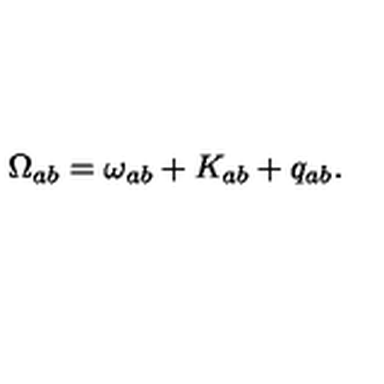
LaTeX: \Omega _ { a b } = \omega _ { a b } + K _ { a b } + q _ { a b } .